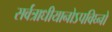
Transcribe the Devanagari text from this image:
सर्वत्राधीयानोऽपविघ्नो